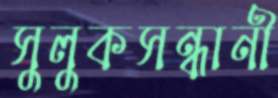
সুলুকসন্ধানী